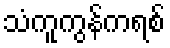
သံကူကွန်ကရစ်